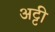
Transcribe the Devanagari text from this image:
अट्टी